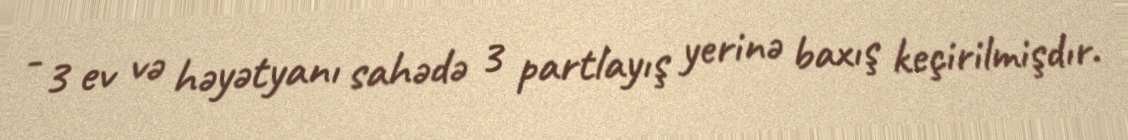
- 3 ev və həyətyanı sahədə 3 partlayış yerinə baxış keçirilmişdır.